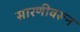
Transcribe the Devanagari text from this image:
सारणीवरून